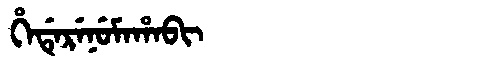
Manchu: ᡥᡝᡩᡝᡵᡝᠨᡠᠮᠠᡥᠠᠪᡳ
Romanization: HEDERENUMAHABI